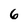
Character: 6